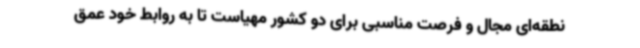
نطقه‌ای مجال و فرصت مناسبی برای دو کشور مهیاست تا به روابط خود عمق